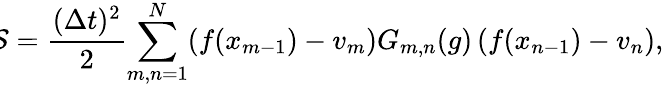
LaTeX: \! \! \mathcal{S}=\frac{(\Delta t)^{2}}{2}\! \sum_{m,n=1}^{N}\! \left(f(x_{m-1})-v_{m}\right)G_{m,n}(g)\left(f(x_{n-1})-v_{n}\right),